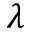
\lambda